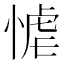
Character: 𭝬